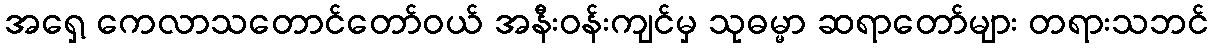
အရှေ့ ကေလာသတောင်တော်ဝယ် အနီးဝန်းကျင်မှ သုဓမ္မာ ဆရာတော်များ တရားသဘင်